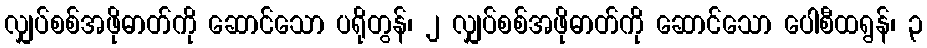
လျှပ်စစ်အဖိုဓာတ်ကို ဆောင်သော ပရိုတွန်၊ ၂ လျှပ်စစ်အဖိုဓာတ်ကို ဆောင်သော ပေါစီထရွန်၊ ၃